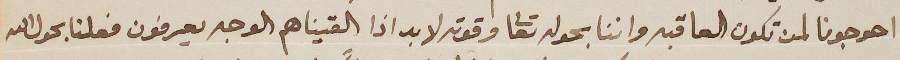
احوجونا لمن تكون العاقبه واننا بحوله تعالى وقوته لا بد اذا القيناهم الوجه يعرفون فعلنا بحول الله